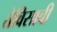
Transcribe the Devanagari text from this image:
तेविसावी